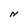
Character: N